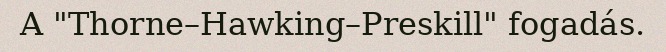
A "Thorne–Hawking–Preskill" fogadás.